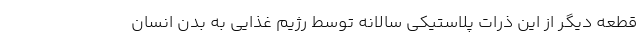
قطعه دیگر از این ذرات پلاستیکی سالانه توسط رژیم غذایی به بدن انسان